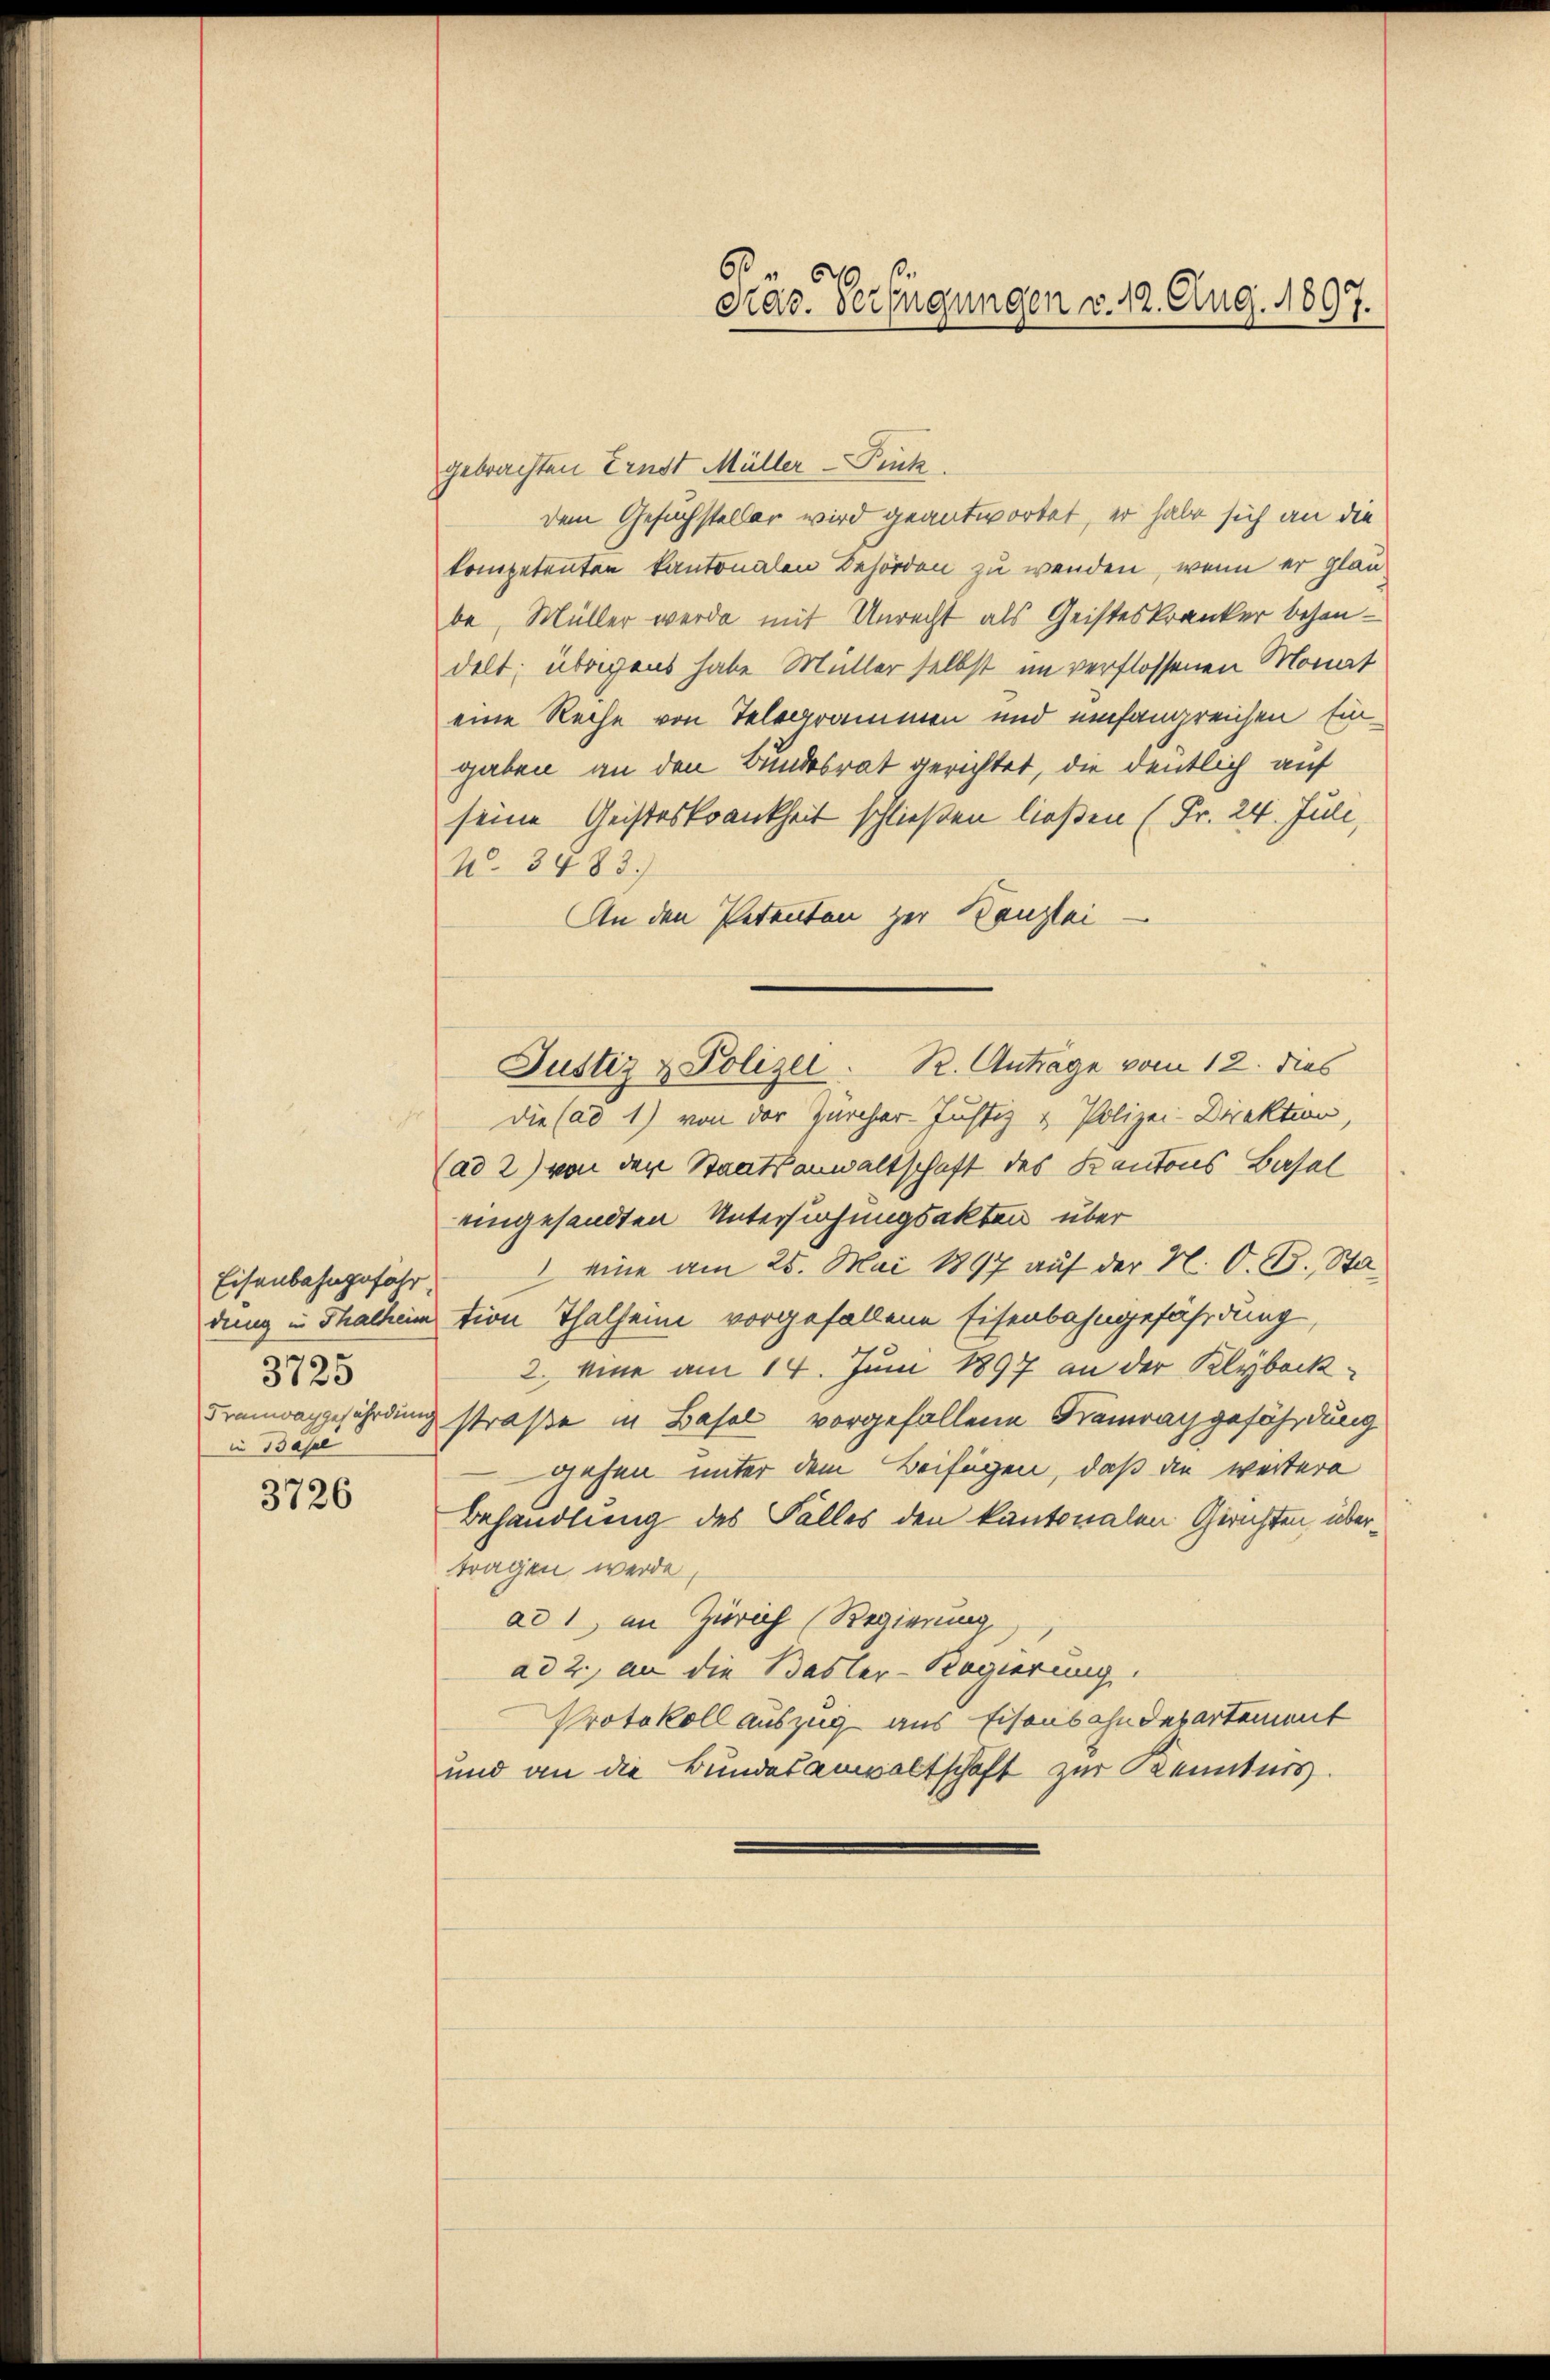
Eisenbahngefähr
3725
in Base

3726

gebrachten Ernst Müller-Fink
dem Gesuchsteller wird geantwortet, er habe sich an die
kompetenten kantonalen Behörden zu wenden, wenn er glaube, Müller werde mit Unrecht als Geisteskranker behaudelt; übrigens habe Müller selbst im verflossenen Monat
eine Reihe von Telegrammen und umfangreichen Eingaben an den Bundesrat gerichtet, die deutlich auf
seine Geisteskrankheit schließen ließen (Fr. 24. Juli,
N. 3483.)
An den Petenten zur Kanzlei
die (ad 1) von der Zürcher-Justiz & Polizei-Direktion,
(ad 2) von den Staatsanwaltschaft des Kantons Basel
eingesandten Untersuchungsakten über
 eine am 25. Mai 1897 auf der N. O. G. Stadung in Thalheim tion Thalheim vorgefallene Eisenbahngefährdung,
2. eine am 14. Juni 1897 an der Klybock¬
Framwaggefährdung straße in Basel vorgefallene Kamerachgefährdung
gehen unter dem Beifügen, daß die weitere
Behandlung des Falles den kantonalen Gerichten übertragen werde,
ad 1, in Zürich (Regierung
ad 2., an die Basler-Regierung.
Protokoll auszug aus Eisenbahndepartement
und an die Bundesanwaltschaft zur Kennters.

.
Präs. Verfügungen v. 12. Aug. 1807.

Justiz & Polizei. R. Antrage vom 12. dies